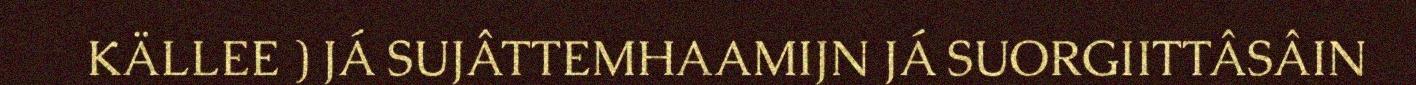
KÄLLEE ) JÁ SUJÂTTEMHAAMIJN JÁ SUORGIITTÂSÂIN